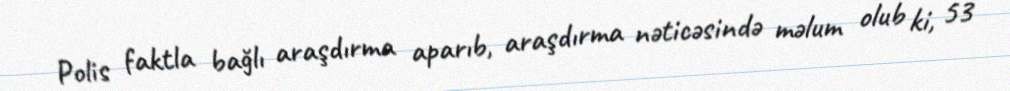
Polis faktla bağlı araşdırma aparıb, araşdırma nəticəsində məlum olub ki, 53